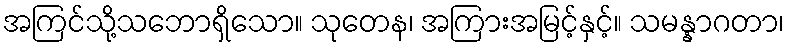
အကြင်သို့သဘောရှိသော။ သုတေန၊ အကြားအမြင့်နှင့်။ သမန္နာဂတာ၊